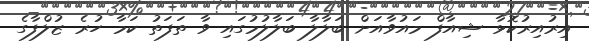
އިރުއިރުކޮޅާ ޝިއާފް މައުވާއަށް ބަލާލާ ބަލާލުމުގައި ވާ ތަފަތު ކަމާ ހުރެ ޒުލްފާގެ